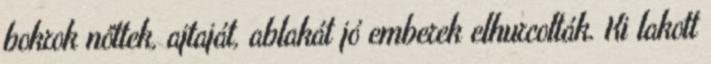
bokrok nőttek, ajtaját, ablakát jó emberek elhurcolták. Ki lakott